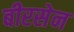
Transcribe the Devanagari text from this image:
बीरसेन